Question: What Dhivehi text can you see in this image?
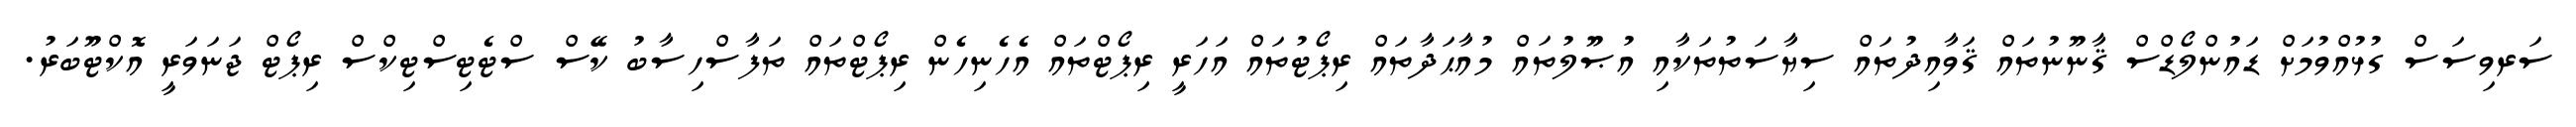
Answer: ސަރވިސަސް ގުޅުއްވުމަށް ޑައުންލޯޑްސް ޤާނޫނުތައް ޤަވާއިދުތައް ސިޔާސަތުތަކާއި އުޞޫލުތައް މުއާޙަދާތައް ރިޕޯޓުތައް އަހަރީ ރިޕޯޓްތައް އެހެނިހެން ރިޕޯޓްތައް ތަފާސްހިސާބު ކޭސް ސްޓެޓިސްޓިކްސް ރިޕޯޓް ޖަނަވަރީ އޮކްޓޫބަރު.